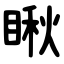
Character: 瞅